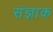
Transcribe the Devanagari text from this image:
संज्ञाक